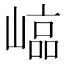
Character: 𡻫